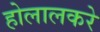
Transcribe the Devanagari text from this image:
होलालकरे